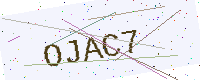
Text: OJAC7